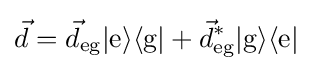
{\vec {d}}={\vec {d}}_{\text{eg}}|{\text{e}}\rangle \langle {\text{g}}|+{\vec {d}}_{\text{eg}}^{*}|{\text{g}}\rangle \langle {\text{e}}|